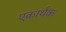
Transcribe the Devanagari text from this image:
एकार्थक